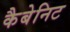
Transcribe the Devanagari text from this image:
कैबेनिट